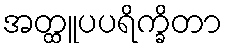
အတ္ထူပပရိက္ခိတာ